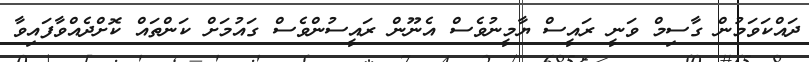
ދައްކަވަމުން ގާސިމް ވަނީ ރައީސް ޔާމީނުވެސް އެނޫން ރައީސުންވެސް ގައުމަށް ކަންތައް ކޮށްދެއްވާފައިވާ